Annual report of the Civil Veterinary Department, Bengal, for the year 1897-98 - 1897-1898
Year: 1897
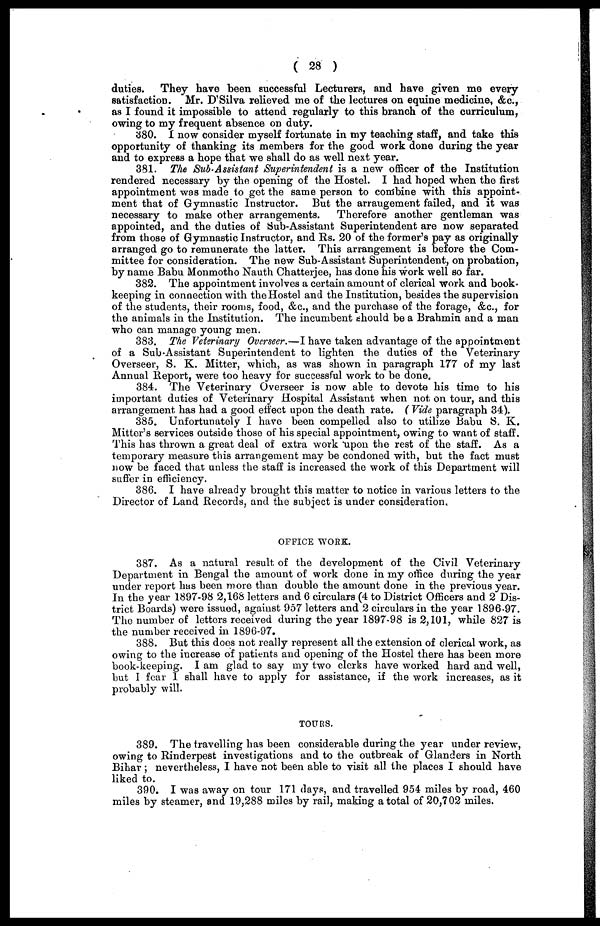
( 28 )
duties. They have been successful Lecturers, and have given me every
satisfaction. Mr. D'Silva relieved me of the lectures on equine medicine, &c.,
as I found it impossible to attend regularly to this branch of the curriculum,
owing to my frequent absence on duty.
380. 1 now consider myself fortunate in my teaching staff, and take this
opportunity of thanking its members for the good work done during the year
and to express a hope that we shall do as well next year.
381. The Sub-Assistant Superintendent is a new officer of the Institution
rendered necessary by the opening of the Hostel. I had hoped when the first
appointment was made to get the same person to combine with this appoint-
ment that of Gymnastic Instructor. But the arraugement failed, and it was
necessary to make other arrangements. Therefore another gentleman was
appointed, and the duties of Sub-Assistant Superintendent are now separated
from those of Gymnastic Instructor, and Rs. 20 of the former's pay as originally
arranged go to remunerate the latter. This arrangement is before the Com-
mittee for consideration. The new Sub-Assistant Superintendent, on probation,
by name Babu Monmotho Nauth Chatterjee, has done his work well so far.
382. The appointment involves a certain amount of clerical work and book-
keeping in connection with the Hostel and the Institution, besides the supervision
of the students, their rooms, food, &c., and the purchase of the forage, &c., for
the animals in the Institution. The incumbent should be a Brahmin and a man
who can manage young men.
383. The Veterinary Overseer.—I have taken advantage of the appointment
of a Sub-Assistant Superintendent to lighten the duties of the Veterinary
Overseer, S. K. Mitter, which, as was shown in paragraph 177 of my last
Annual Report, were too heavy for successful work to be done.
384. The Veterinary Overseer is now able to devote his time to his
important duties of Veterinary Hospital Assistant when not on tour, and this
arrangement has had a good effect upon the death rate. ( Vide paragraph 34).
385. Unfortunately I have been compelled also to utilize Babu S. K.
Mitter's services outside those of his special appointment, owing to want of staff.
This has thrown a great deal of extra work upon the rest of the staff. As a
temporary measure this arrangement may be condoned with, but the fact must
now be faced that unless the staff is increased the work of this Department will
suffer in efficiency.
386. I have already brought this matter to notice in various letters to the
Director of Land Records, and the subject is under consideration.
OFFICE WORK.
387. As a natural result of the development of the Civil Veterinary
Department in Bengal the amount of work done in my office during the year
under report has been more than double the amount done in the previous year.
In the year 1897-98 2,168 letters and 6 circulars (4 to District Officers and 2 Dis-
trict Boards) were issued, against 957 letters and 2 circulars in the year 1896-97.
The number of letters received during the year 1897-98 is 2,101, while 827 is
the number received in 1896-97.
388. But this does not really represent all the extension of clerical work, as
owing to the increase of patients and opening of the Hostel there has been more
book-keeping. I am glad to say my two clerks have worked hard and well,
but I fear I shall have to apply for assistance, if the work increases, as it
probably will.
TOURS.
389. The travelling has been considerable during the year under review,
owing to Rinderpest investigations and to the outbreak of Glanders in North
Bihar; nevertheless, I have not been able to visit all the places I should have
liked to.
390. I was away on tour 171 days, and travelled 954 miles by road, 460
miles by steamer, ana 19,288 miles by rail, making a total of 20,702 miles.